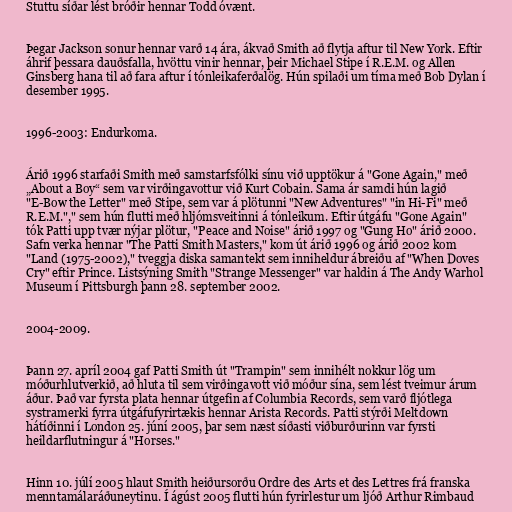
Stuttu síðar lést bróðir hennar Todd óvænt.

Þegar Jackson sonur hennar varð 14 ára, ákvað Smith að flytja aftur til New York. Eftir
áhrif þessara dauðsfalla, hvöttu vinir hennar, þeir Michael Stipe í R.E.M. og Allen
Ginsberg hana til að fara aftur í tónleikaferðalög. Hún spilaði um tíma með Bob Dylan í
desember 1995.

1996-2003: Endurkoma.

Árið 1996 starfaði Smith með samstarfsfólki sínu við upptökur á "Gone Again," með
„About a Boy“ sem var virðingavottur við Kurt Cobain. Sama ár samdi hún lagið
"E-Bow the Letter" með Stipe, sem var á plötunni "New Adventures" "in Hi-Fi" með
R.E.M."," sem hún flutti með hljómsveitinni á tónleikum. Eftir útgáfu "Gone Again"
tók Patti upp tvær nýjar plötur, "Peace and Noise" árið 1997 og "Gung Ho" árið 2000.
Safn verka hennar "The Patti Smith Masters," kom út árið 1996 og árið 2002 kom
"Land (1975-2002)," tveggja diska samantekt sem inniheldur ábreiðu af "When Doves
Cry" eftir Prince. Listsýning Smith "Strange Messenger" var haldin á The Andy Warhol
Museum í Pittsburgh þann 28. september 2002.

2004-2009.

Þann 27. apríl 2004 gaf Patti Smith út "Trampin" sem innihélt nokkur lög um
móðurhlutverkið, að hluta til sem virðingavott við móður sína, sem lést tveimur árum
áður. Það var fyrsta plata hennar útgefin af Columbia Records, sem varð fljótlega
systramerki fyrra útgáfufyrirtækis hennar Arista Records. Patti stýrði Meltdown
hátíðinni í London 25. júní 2005, þar sem næst síðasti viðburðurinn var fyrsti
heildarflutningur á "Horses."

Hinn 10. júlí 2005 hlaut Smith heiðursorðu Ordre des Arts et des Lettres frá franska
menntamálaráðuneytinu. Í ágúst 2005 flutti hún fyrirlestur um ljóð Arthur Rimbaud